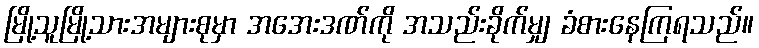
မြို့သူမြို့သားအများစုမှာ အအေးဒဏ်ကို အသည်းခိုက်မျှ ခံစားနေကြရသည်။